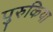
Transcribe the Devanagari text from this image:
पुरुकिया